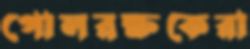
গোলরক্ষকেরা